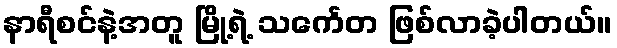
နာရီစင်နဲ့အတူ မြို့ရဲ့ သင်္ကေတ ဖြစ်လာခဲ့ပါတယ်။